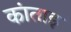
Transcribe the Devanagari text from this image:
कांताइ